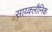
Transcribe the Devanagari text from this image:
साय्क्लौनिक